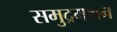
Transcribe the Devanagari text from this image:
समुद्रमथन